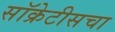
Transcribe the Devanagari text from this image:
सॉक्रेटीसचा